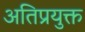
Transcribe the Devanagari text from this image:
अतिप्रयुक्त